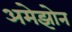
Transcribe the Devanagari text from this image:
अमेझोन